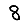
Digit: 8